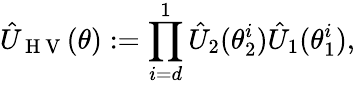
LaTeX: \hat{U}_{\mathrm{~H~V~}}(\theta):=\prod_{i=d}^{1}\hat{U}_{2}(\theta_{2}^{i})\hat{U}_{1}(\theta_{1}^{i}),